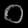
Digit: ၀